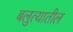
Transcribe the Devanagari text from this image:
बलुत्यातील